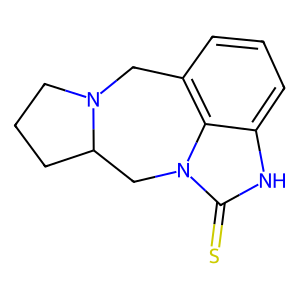
SMILES: S=c1[nH]c2cccc3c2n1CC1CCCN1C3
Inhibits HIV replication: No